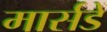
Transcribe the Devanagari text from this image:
मार्सडें